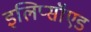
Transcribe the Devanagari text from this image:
इलिप्सॉएड